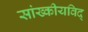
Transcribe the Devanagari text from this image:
सांख्कीयविद्